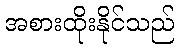
အစားထိုးနိုင်သည်